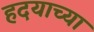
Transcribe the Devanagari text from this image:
हदयाच्या